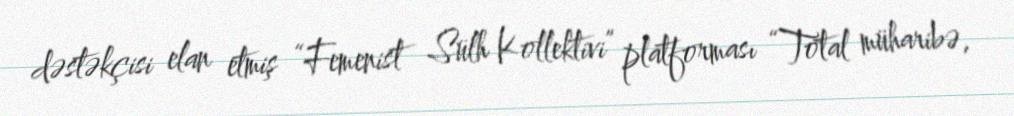
dəstəkçisi elan etmiş “Femenist Sülh Kollektivi” platforması “Total müharibə,